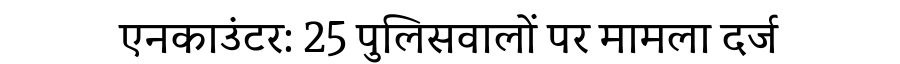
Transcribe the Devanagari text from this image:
एनकाउंटर: 25 पुलिसवालों पर मामला दर्ज